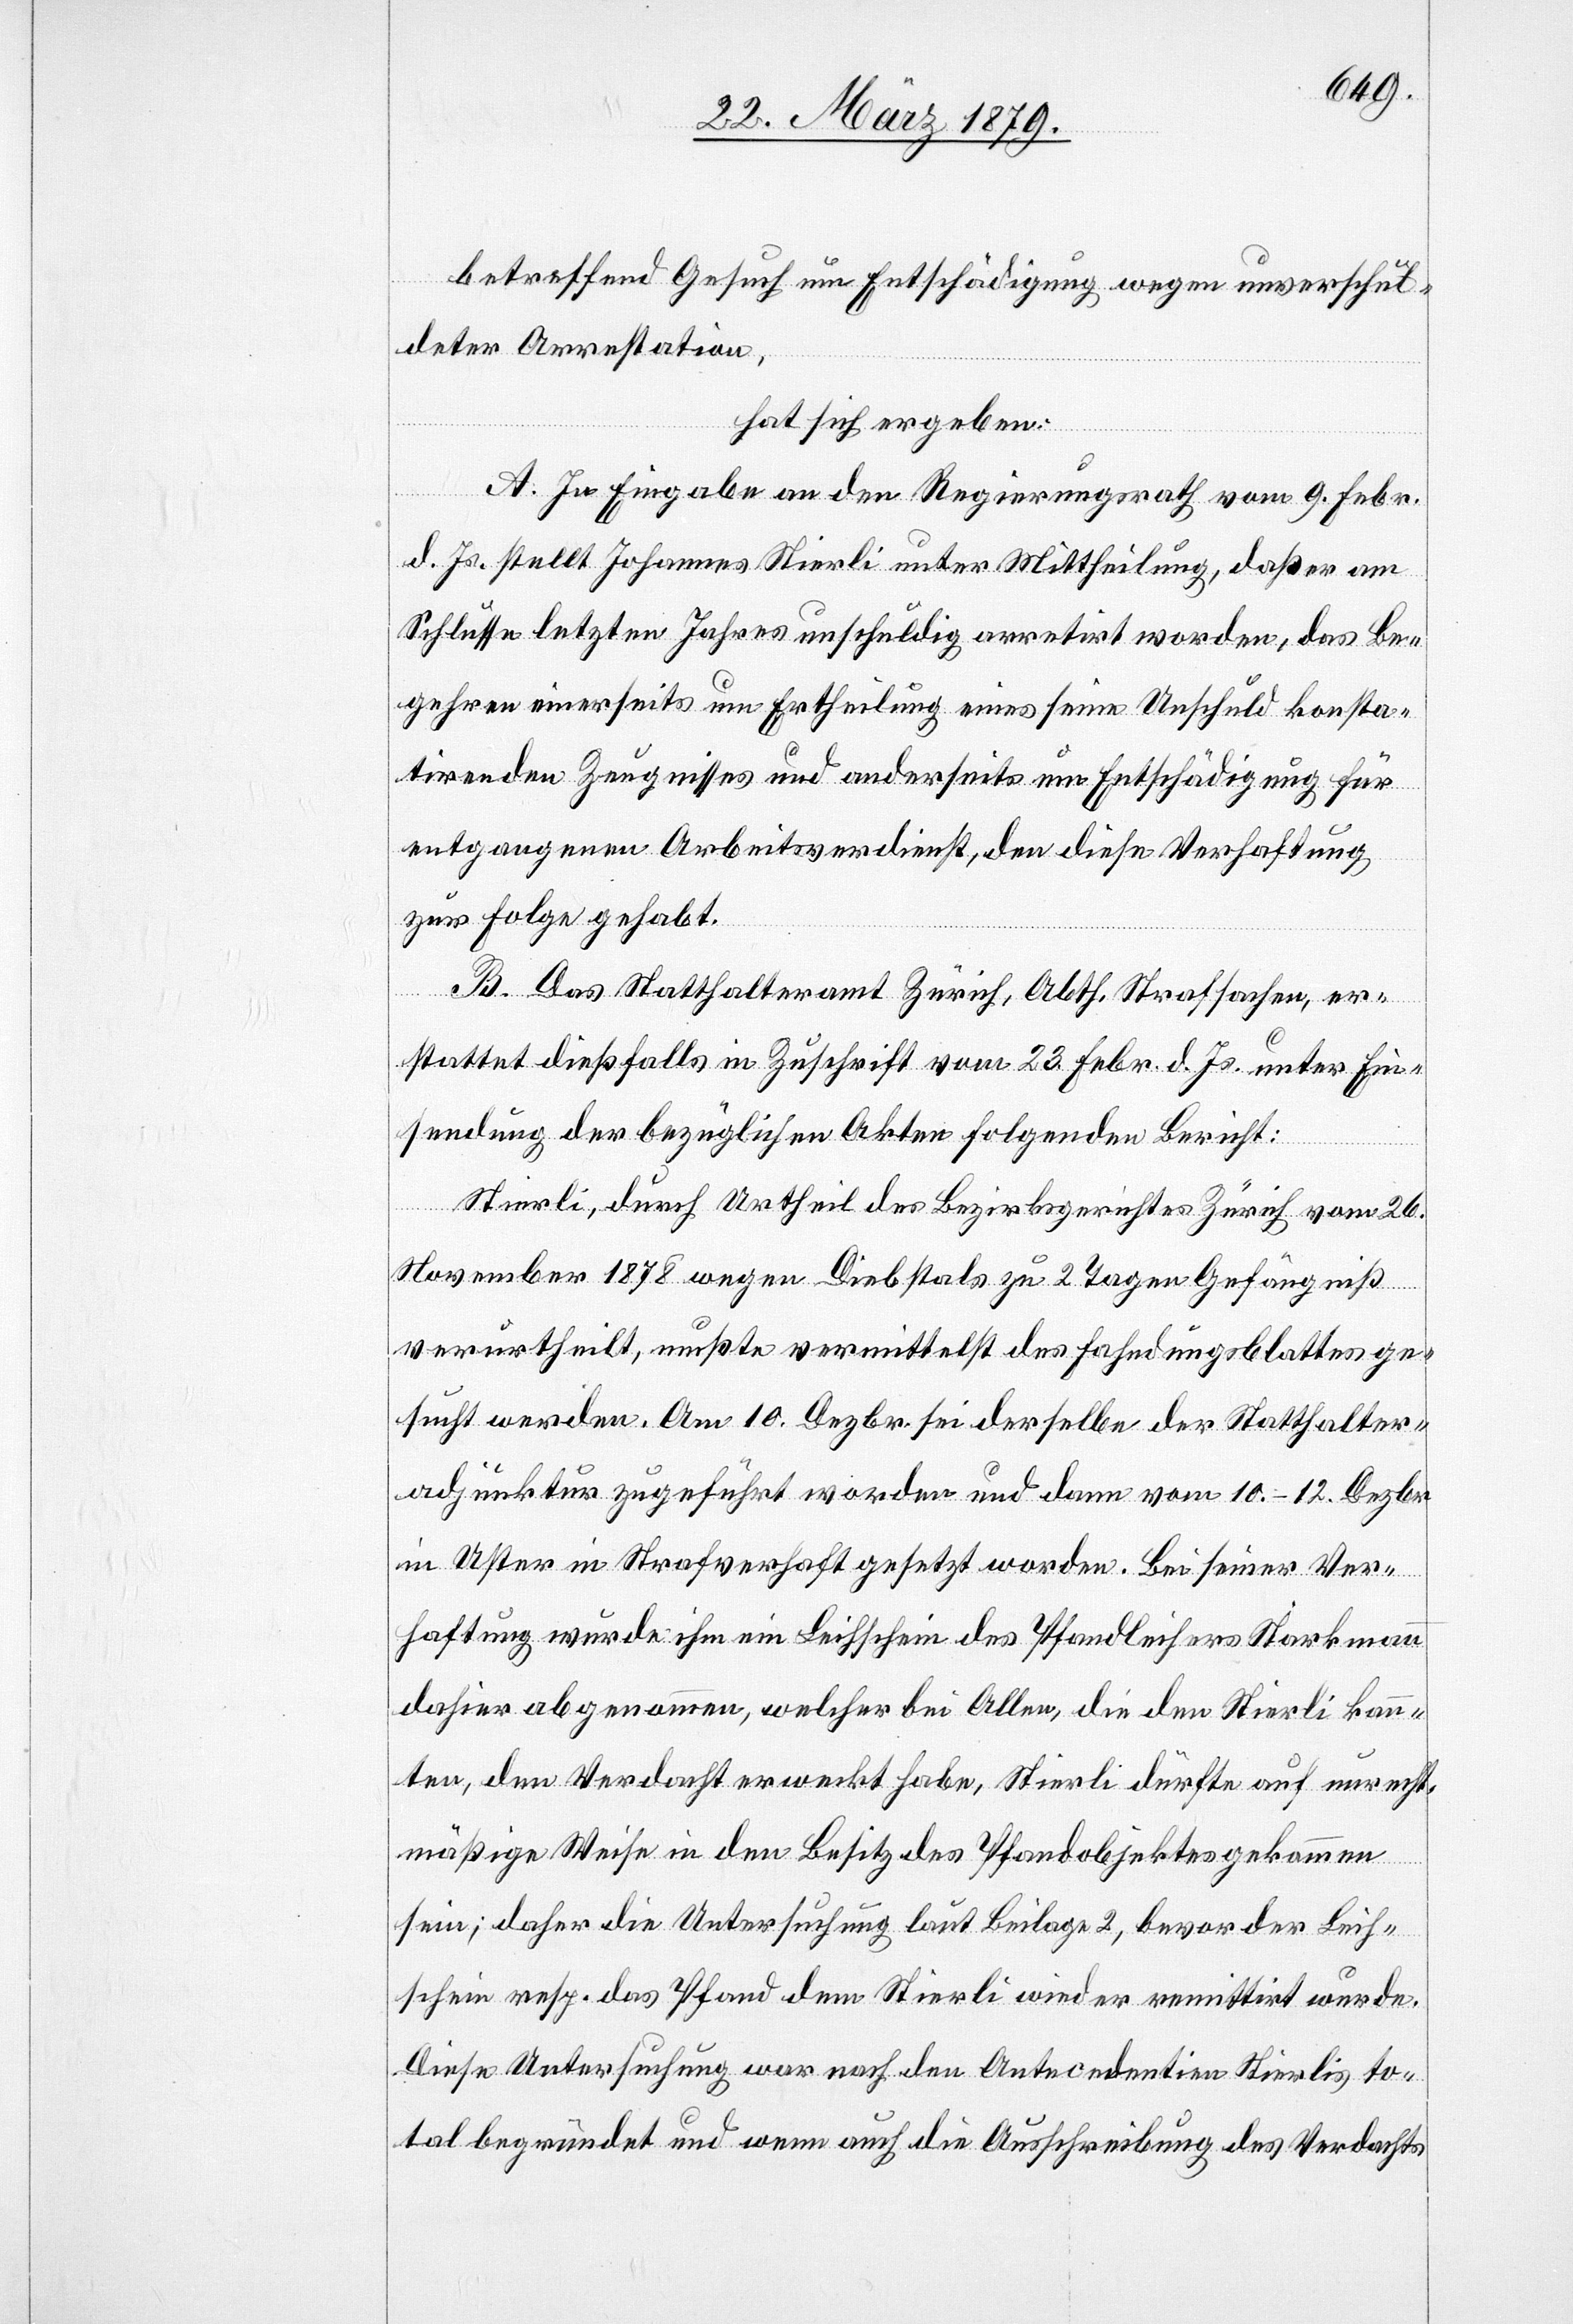
betreffend Gesuch um Entschädigung wegen unverschul¬
deter Arrestation,
hat sich ergeben:
A. In Eingabe an den Regierungsrath vom 9. Febr.
d. Js. stellt Johannes Stierli unter Mittheilung, daß er am
Schlusse letzten Jahres unschuldig arretirt worden, das Be¬
gehren einerseits um Ertheilung eines seine Unschuld konsta¬
tirenden Zeugnisses und anderseits um Entschädigung für
entgangenen Arbeitsverdienst, den diese Verhaftung
zur Folge gehabt.
B. Das Statthalteramt Zürich, Abth. Strafsachen, er¬
stattet dießfalls in Zuschrift vom 23. Febr. d. Js. unter Ein¬
sendung der bezüglichen Akten folgenden Bericht:
Stierli, durch Urtheil des Bezirksgerichtes Zürich vom 26.
November 1878 wegen Diebstals zu 2 Tagen Gefängniß
verurtheilt, mußte vermittelst des Fahndungsblattes ge¬
sucht werden. Am 10. Dezbr. sei derselbe der Statthalter¬
adjunktur zugeführt worden und dann vom 10.–12. Dezbr.
in Uster in Strafverhaft gesetzt worden. Bei seiner Ver¬
haftung wurde ihm ein Leihschein des Pfandleihers Starkmann
dahier abgenommen, welcher bei Allen, die den Stierli kann¬
ten, den Verdacht erweckt habe, Stierli dürfte auf unrecht¬
mäßige Weise in den Besitz des Pfandobjektes gekommen
sein; daher die Untersuchung laut Beilage 2, bevor der Leih¬
schein resp. das Pfand dem Stierli wieder remittirt wurde.
Diese Untersuchung war nach Antecedentien Stierlis to¬
tal begründet und wenn auch die Ausschreibung des Verdachts